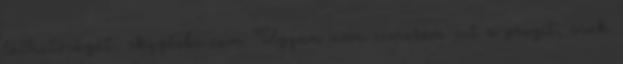
láthatóságát. skyglobe.com Ugyan nem ismerem ezt a progit, csak